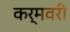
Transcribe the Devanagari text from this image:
कर्मवरी